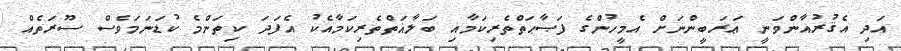
އަދި އެޤުރުއާންވަނީ ޢަރަބީންނަށް އެމީހުންގެ ފަޞާޙަތްތެރިކަމާއި ބަލާޣަތްތެރިކަމާއެކު އެފަދަ ކިތަންމެ ކުޑަނަމަވެސް ސޫރަތެއް